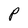
Character: P